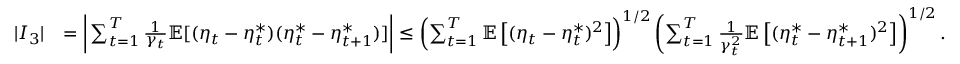
\begin{array} { r l } { | I _ { 3 } | } & { = \bigg | \sum _ { t = 1 } ^ { T } \frac { 1 } { \gamma _ { t } } \mathbb { E } [ ( \eta _ { t } - \eta _ { t } ^ { * } ) ( \eta _ { t } ^ { * } - \eta _ { t + 1 } ^ { * } ) ] \bigg | \leq \left( \sum _ { t = 1 } ^ { T } \mathbb { E } \left[ ( \eta _ { t } - \eta _ { t } ^ { * } ) ^ { 2 } \right] \right) ^ { 1 / 2 } \left( \sum _ { t = 1 } ^ { T } \frac { 1 } { \gamma _ { t } ^ { 2 } } \mathbb { E } \left[ ( \eta _ { t } ^ { * } - \eta _ { t + 1 } ^ { * } ) ^ { 2 } \right] \right) ^ { 1 / 2 } . } \end{array}